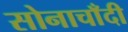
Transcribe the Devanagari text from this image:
सोनाचाँदी